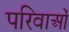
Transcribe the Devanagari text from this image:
परिवाओं